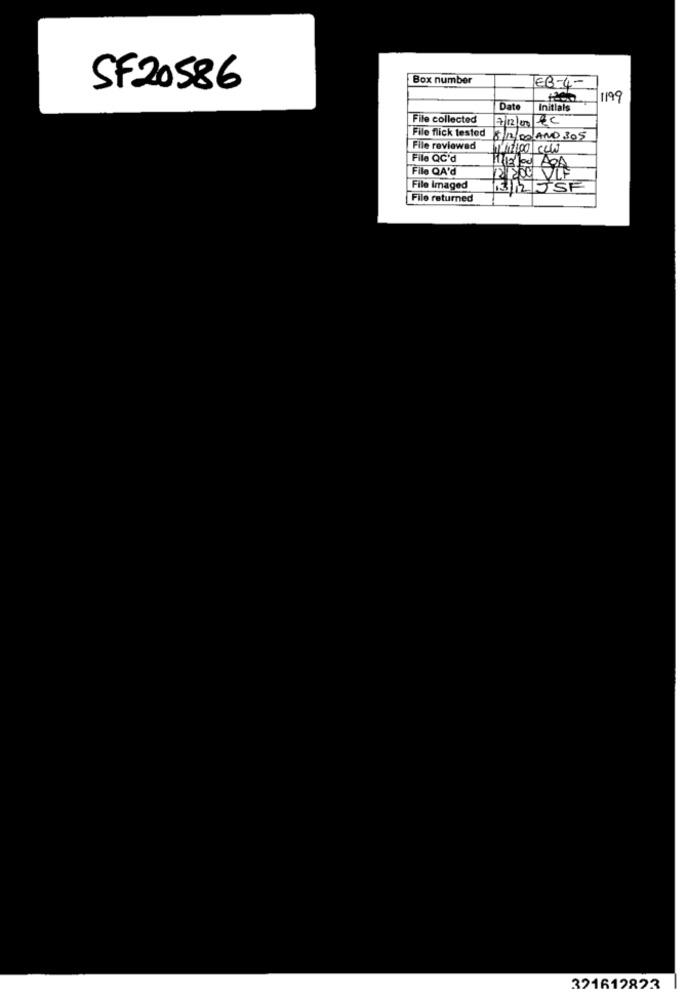
Box number
EB-4-
SF20586
1199
Date
Initials
File collected
File flick tested
8/12/00 /ANO 305
File reviewed
1 67100 CCW
File QC'd
File QA'd
12 1200 VIA
11 13 Jog BOA
File imaged
File returned
321619823